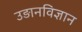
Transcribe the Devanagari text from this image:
उड़ानविज्ञान